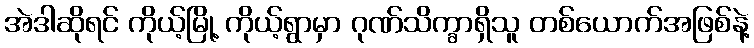
အဲဒါဆိုရင် ကိုယ့်မြို့ ကိုယ့်ရွာမှာ ဂုဏ်သိက္ခာရှိသူ တစ်ယောက်အဖြစ်နဲ့